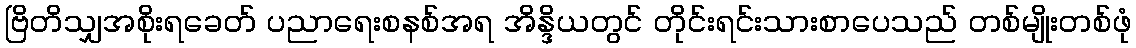
ဗြိတိသျှအစိုးရခေတ် ပညာရေးစနစ်အရ အိန္ဒိယတွင် တိုင်းရင်းသားစာပေသည် တစ်မျိုးတစ်ဖုံ